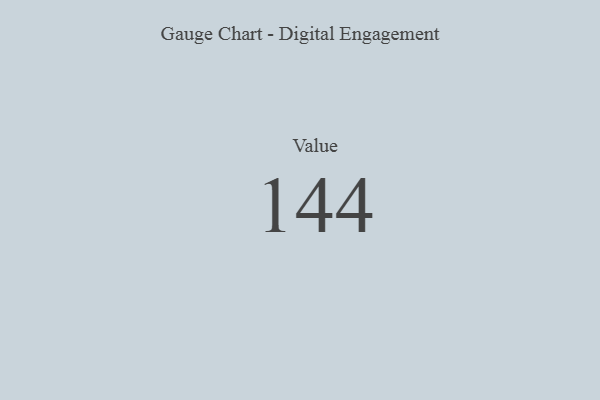
{"axis": {"x": "Metric", "y": "Value"}, "legend": [""], "data": [{"x": "Value", "y": 144, "type": ""}]}